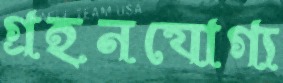
গ্রহনযোগ্য